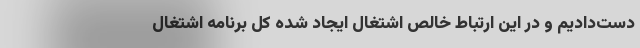
دست‌دادیم ‌و در این ‌ارتباط خالص اشتغال ایجاد شده کل برنامه اشتغال